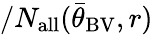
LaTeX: /N_{\mathrm{all}}({\bar{\theta}}_{\mathrm{BV}},r)